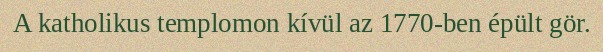
A katholikus templomon kívül az 1770-ben épült gör.